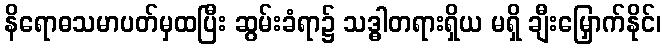
နိရောဓသမာပတ်မှထပြီး ဆွမ်းခံရာ၌ သဒ္ဓါတရားရှိယ မရှိ ချီးမြှောက်နိုင်၊